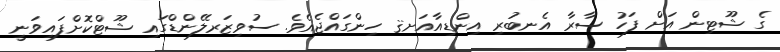
ގެ ޝޫޓިން އަށް ފަހު ސާރާ އެނބުރި އިންޑިއާއަށޤ ހިންގައްޖެއެވެ. ސުވިޒަރލޭންޑްގައި ޝޫޓްކޮށްފައިވަނީ